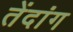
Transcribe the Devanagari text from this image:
तेंदांग